Vaccination in the Punjab 1883-1896 - 1883-1896
Year: 1883
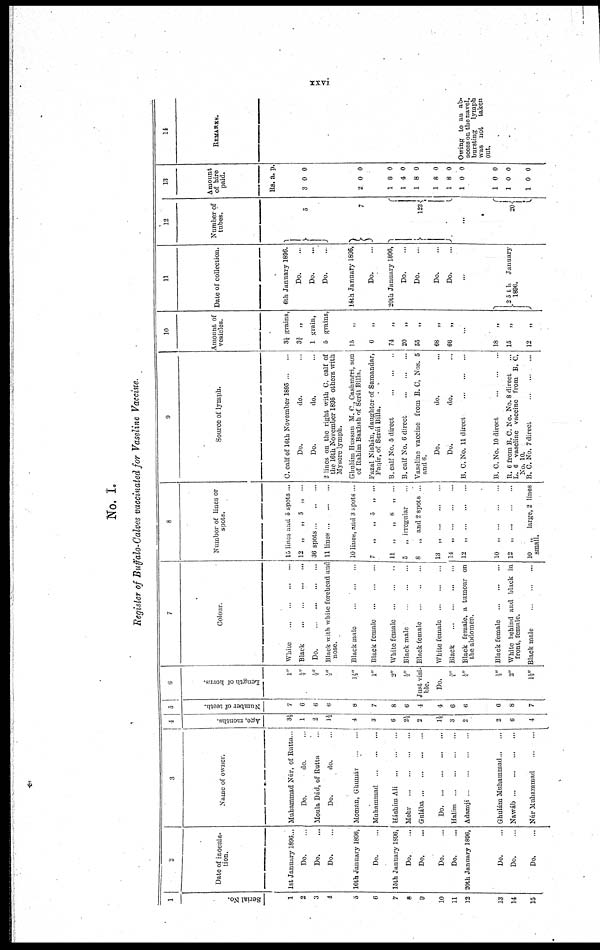
xxvi
No. I.
Register of Buffalo-Calves vaccinated for Vaseline Vaccine.
1
Serial No.
1
2
3
4
5
6
7
8
9
10
11
12
13
14
15
2
Date of inocula-
tion.
1st January 1806...
Do. ...
Do.
Do. ...
10th January 1896,
Do. ...
15th January 1896,
Do. ...
Do. ...
Do. ...
Do. ...
20th January 1896,
Do. ...
Do. ...
Do. ...
3
Name of owner.
Muhammad Núr, of Rutta...
Do.
do. ...
Moula Dád, of Rutta ...
Do.
do. ...
Moman, Ghumár
...
...
Muhammad
...
...
...
Háshítn Ali
...
...
...
Mahr
...
...
...
...
Gulába ... ... ... ...
Do.
...
...
...
...
Halim
...
...
...
...
Adamji ... ... ... ...
Ghulám Muhammad ... ...
Nawáb
...
...
...
...
Núr Muhammad
...
...
4
Age, months.
3½
1
2
1½
4
3
6
2½
2
1½
3
2
2
6
4
5
Number of teeth.
7
6
6
6
8
7
8
6
4
4
6
6
6
8
7
6
Length of horns.
1"
½"
½"
½"
1½"
1"
2"
½"
Just visi-
ble.
Do.
¼
¼"
½"
2"
1½"
7
Colour.
White
...
...
...
...
Black
...
...
...
...
Do.
...
...
...
...
Black with white forehead and
nose.
Black male ... ... ...
Black female
...
...
...
White female
...
...
...
Black male
...
...
...
Black female
...
..
...
White female
...
...
...
Black
...
...
...
...
Black female, a tumour on
the abdomen.
Black female... ... ...
White behind and black in
front, female.
Black male
...
...
...
8
Number of lines or
spots.
15 lines and 5 spots ...
12 „
„ 5 „
...
36 spots ... ... ...
11 lines ... ... ...
10 lines, and 3 spots ...
7
„
„5
„ ...
11 „
„ 8 „ ...
5
„ irregular ...
8
„ and 2 spots ...
13 „
...
...
...
14 „
...
...
...
12 „ ... ... ...
10 „ ... ... ...
12 „ ... ... ...
10 „ large, 2 lines
small.
9
Source of lymph.
C. calf of 16th November 1895 ... ...
Do.
do. ...
Do.
do.
2 lines on the right with C. calf of
the 16th November 1895 others with
Mysore lymph.
Ghuhám Hussau M. C., Cashmeri, son
of Rahím Bakhsh of Serái Billa,
Fazal Nishán, daughter of Samandar,
Faqír, of Serái Billa.
B. calf No. 5 direct
...
...
...
B. calf No. 6 direct
...
...
...
Vaseline vaccine from B. C, Nos. 5
and 6.
Do.
do. ...
Do.
do. ...
B. C. No. 11 direct
...
...
...
B. C. No. 10 direct ... ... ...
R. 6 from B. C. No. No. 8 direct ...
L. 6 vaseline vaccine from B. C.
No. 10.
B. C. No. 7 direct
...
...
...
10
Amount of
vesicles.
3¼ grains,
3¾ .,
1 grain,
5 grains,
15 „
6
„
74
„
20
„
55
„
68
„
66
„
...
18
„
15
„
12
„
11
Date of collection.
6th January 1896.
Do. ...
Do. ...
Do. ...
15th January 1896,
Do. ...
20th January 1896,
Do. ...
Do. ...
Do. ...
Do....
...
25th
January
1896.
12
Number of
tubes.
5
7
...
20
13
Amount
of hire
paid.
Rs.
3
2
1
1
1
1
1
1
1
1
1
a.
0
0
8
4
8
8
8
0
0
0
0
P.
0
0
0
0
0
0
0
0
0
0
0
14
REMARKS.
Owing to an ab-
scess on the navel,
bursting
lymph
was not taken
out.